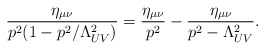
\begin{align*}\frac{\eta_{\mu \nu}}{p^2 (1 - p^2/\Lambda_{UV}^2)} = \frac{\eta_{\mu \nu}}{p^2} - \frac{\eta_{\mu \nu}}{p^2 - \Lambda_{UV}^2}.\end{align*}